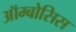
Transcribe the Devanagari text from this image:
ऑम्बोसिस